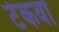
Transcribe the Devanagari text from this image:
टेकवा